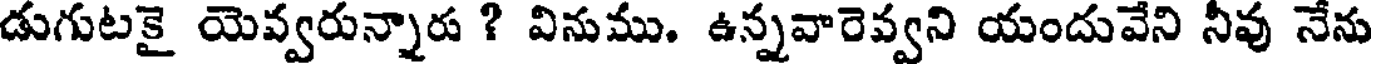
డుగుటకై యెవ్వరున్నారు ? వినుము. ఉన్నవారెవ్వని యందువేని నీవు నేను